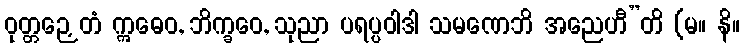
ဝုတ္တဉှေတံ ဣဓေဝ, ဘိက္ခဝေ, သုညာ ပရပ္ပဝါဒါ သမဏေဘိ အညေဟီ”တိ (မ။ နိ။